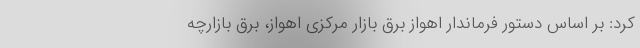
کرد: بر اساس دستور فرماندار اهواز برق بازار مرکزی اهواز، برق بازارچه